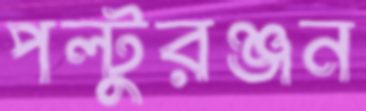
পল্টুরঞ্জন